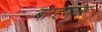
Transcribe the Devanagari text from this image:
बाम्हणाला